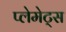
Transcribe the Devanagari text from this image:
प्लेमेट्स